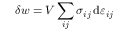
\delta w = V \sum _ { i j } \sigma _ { i j } \, \mathrm { d } \varepsilon _ { i j }